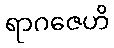
ရာဂဇေဟိ